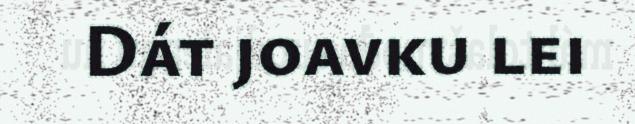
Dát joavku lei